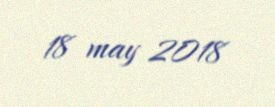
18 may 2018